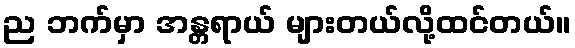
ည ဘက်မှာ အန္တရာယ် များတယ်လို့ထင်တယ်။